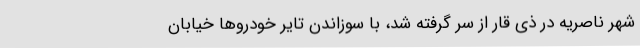
شهر ناصریه در ذی قار از سر گرفته شد، با سوزاندن تایر خودروها خیابان